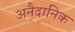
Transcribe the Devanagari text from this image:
अनैदानिक